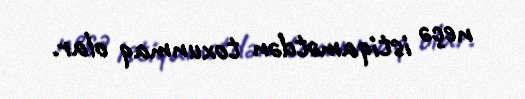
neçə istiqamətdən toxunmaq olar.